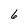
Character: 6